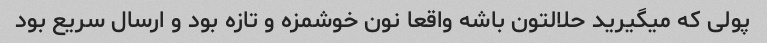
پولی که میگیرید حلالتون باشه واقعا نون خوشمزه و تازه بود و ارسال سریع بود